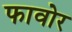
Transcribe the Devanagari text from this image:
फावोर